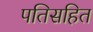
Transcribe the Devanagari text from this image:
पतिसहित